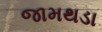
જામથડા